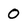
Character: 0